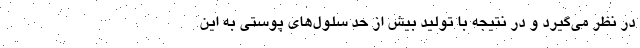
در نظر می‌گیرد و در نتیجه با تولید بیش از حد سلول‌های پوستی به این